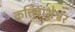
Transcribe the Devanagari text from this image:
कृत्तिवाशेश्वर